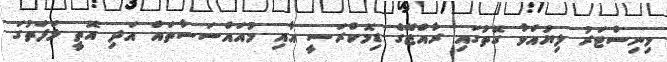
މިނިސްޓަރު ލިޔުއްވާ ގޮތުގައި ރާއްޖޭގެ ޑިމޮކްރަސީ އާއި މުއައްސަސާތައް އަދި އޮތީ ޅަފަތުގަ